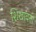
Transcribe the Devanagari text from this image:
शिखावती